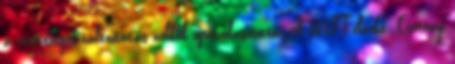
a vezetőséget változtatás nélkül újraválasztotta. A MFT elnöke: Csetényi